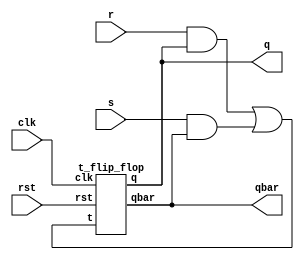
module sr_using_t(s,r,clk,rst,q,qbar);
input s,r,clk,rst;
output q,qbar;
wire w=(r&q)|(s&qbar);
t_flip_flop DUT1(w,clk,rst,q,qbar);
endmodule


module t_flip_flop(t,clk,rst,q,qbar);
input t,clk,rst;
output reg q;
output qbar;
always@(posedge clk)
begin
if(rst)
q<=0;
else
 begin
 if(t)
 q<=~q;
 else
 q<=q;
 end
end
assign qbar=~q;
endmodule